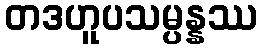
တဒဟူပသမ္ပန္နဿ